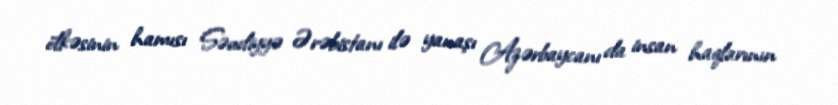
ölkəsinin hamısı Səudiyyə Ərəbistanı ilə yanaşı Azərbaycanı da insan haqlarının